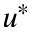
u ^ { * }